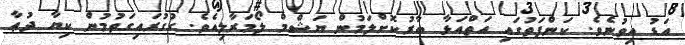
އަޑު އިވުނެވެ. ކަންފަތުގައި އަތްއަޅާ ބާރުކޮށްލަމުން ޔަޝްމް ލޯމަރާލިއެވެ. ގުގުރައިގަތުމުން ކިޔާ ދުޢާ